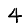
Digit: 4